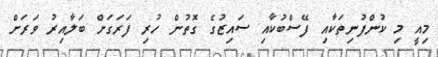
މިއީ މި ކުންފުނިތަކާއި ފޭސްބުކާއި ސައިޒުގެ ގޮތުން ހުރި ފަރަގަށް ބަލާއިރު ވަރަށް